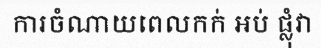
ការចំណាយពេលកក់ អប់ ផ្លុំវា